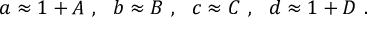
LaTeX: a \approx 1 + A ~ , ~ ~ b \approx B ~ , ~ ~ c \approx C ~ , ~ ~ d \approx 1 + D ~ .